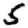
Digit: 5